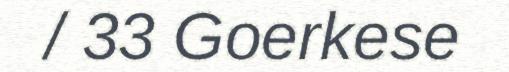
/ 33 Goerkese